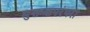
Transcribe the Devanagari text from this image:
मुक्तकपरंपरा